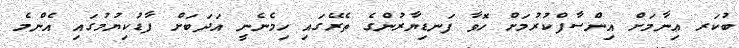
ބުކަރ ޢިނާމަށް އިންސާފްކުރުމަށް ހޮވާ ފަނޑިޔާރުންގެ ތެރޭގައި ހިމެނެނީ އަދަބަށް ފާޑުކިޔުމުގައި އެންމެ